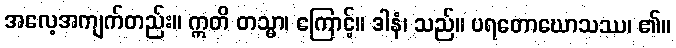
အလေ့အကျက်တည်း။ ဣတိ တသ္မာ၊ ကြောင့်။ ဒါနံ၊ သည်။ ပရတောဃောသဿ၊ ၏။